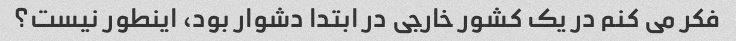
فکر می کنم در یک کشور خارجی در ابتدا دشوار بود، اینطور نیست؟